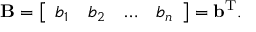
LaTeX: \mathbf { B } = { \left[ \begin{array} { l l l l } { b _ { 1 } } & { b _ { 2 } } & { \ldots } & { b _ { n } } \end{array} \right] } = \mathbf { b } ^ { \mathrm { { T } } } .